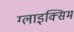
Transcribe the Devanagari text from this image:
ग्लाइक्सिम